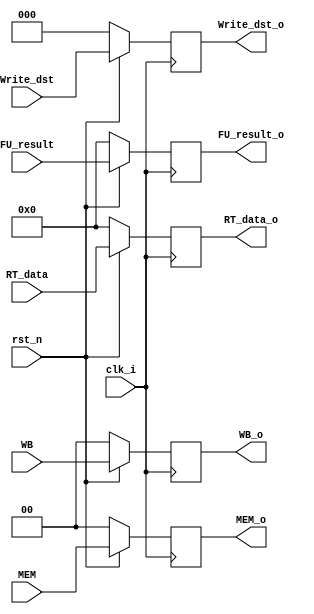
module EX_MEM_Stage( clk_i , rst_n , WB , MEM  , FU_result , RT_data , Write_dst , 
                                      WB_o , MEM_o , FU_result_o , RT_data_o , Write_dst_o);

input           clk_i;
input           rst_n;

input [1:0]     WB;
input [1:0]     MEM;
input[15:0]     FU_result;
input[15:0]     RT_data;
input[2:0]      Write_dst;           

output reg   [1:0]     WB_o;
output reg   [1:0]     MEM_o;
output reg   [15:0]    FU_result_o;
output reg   [15:0]    RT_data_o;
output reg   [2:0]     Write_dst_o;                                    


always @ (posedge clk_i ) begin
    if( ~rst_n ) begin
         WB_o <= 0;         
         MEM_o <= 0;        
         FU_result_o <= 0; 
         RT_data_o <= 0;    
         Write_dst_o <= 0;  
    end
    else begin
        WB_o <= WB;         
        MEM_o <= MEM;        
        FU_result_o <= FU_result; 
        RT_data_o <= RT_data;    
        Write_dst_o <= Write_dst;  
    end
end

endmodule